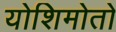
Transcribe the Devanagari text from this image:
योशिमोतो